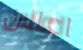
اعلان